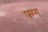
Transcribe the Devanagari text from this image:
फ्ग्ग